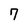
Character: 7